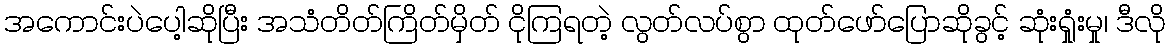
အကောင်းပဲပေါ့ဆိုပြီး အသံတိတ်ကြိတ်မှိတ် ငိုကြရတဲ့ လွတ်လပ်စွာ ထုတ်ဖော်ပြောဆိုခွင့် ဆုံးရှုံးမှု၊ ဒီလို